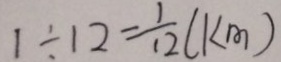
1 \div 1 2 = \frac { 1 } { 1 2 } ( k m )